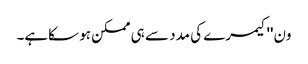
ون''کیمرے کی مدد سے ہی ممکن ہو سکاہے۔